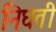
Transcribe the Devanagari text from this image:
निघती